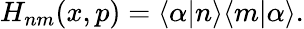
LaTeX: \begin{array}{r}{H_{nm}(x,p)=\langle\alpha|n\rangle\langle m|\alpha\rangle.}\end{array}